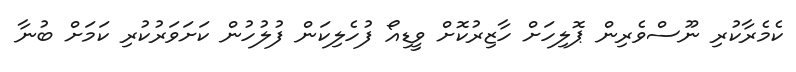
ކެމެރާކުރި ނޫސްވެރިން ޕޮލިހަށް ހާޒިރުކޮށް ވީޑިއޯ ފުހެލިކަން ފުލުހުން ކަށަވަރުކުރި ކަމަށް ބުނާ